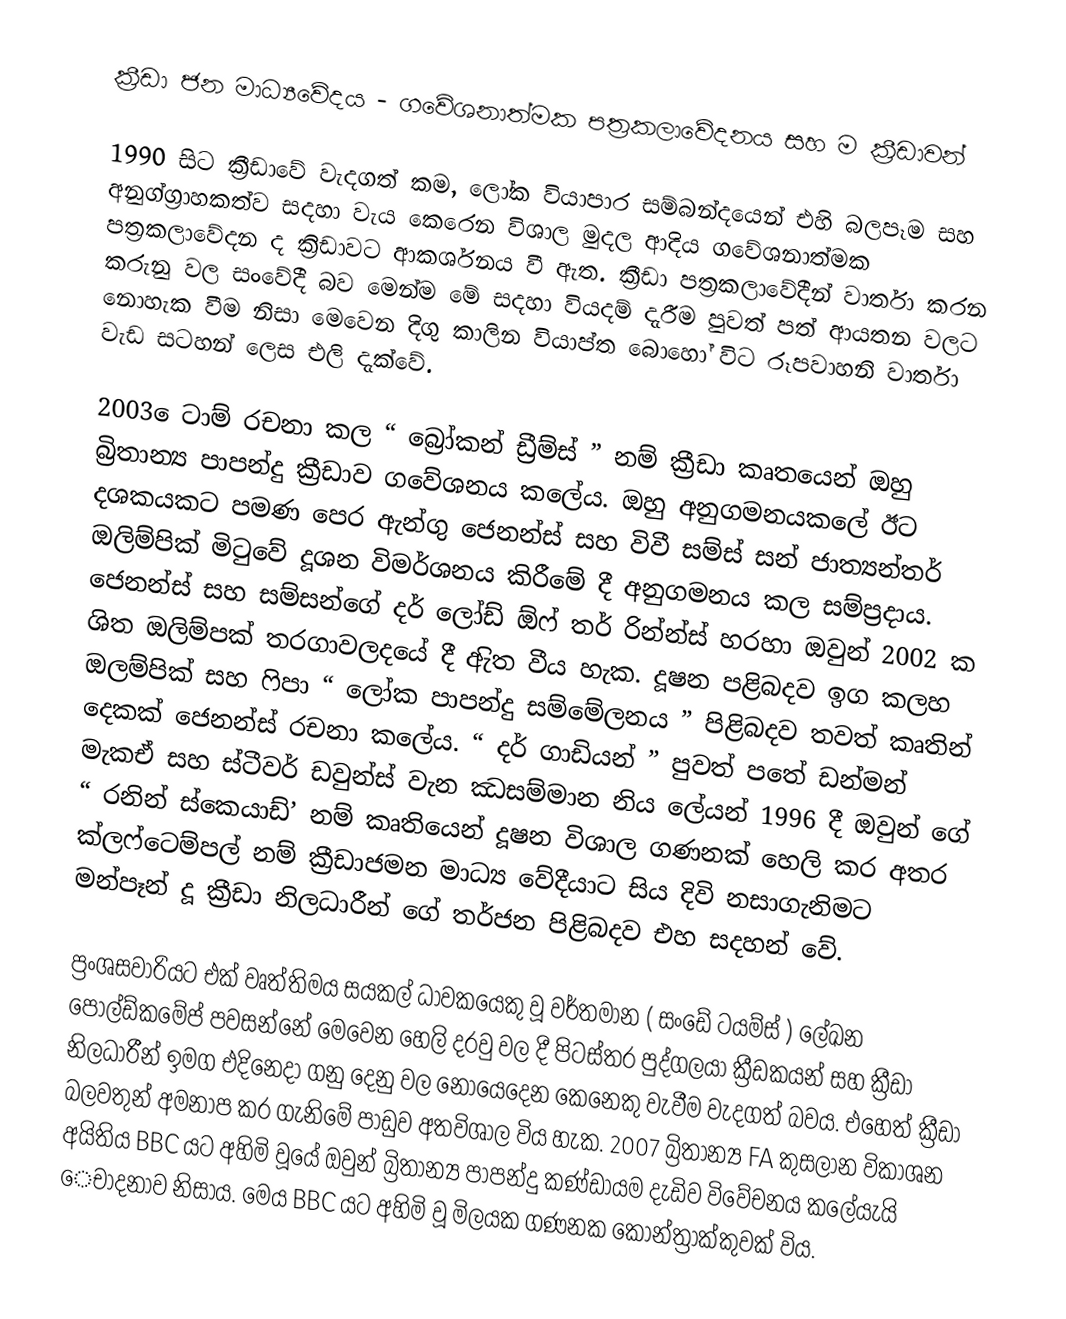
ක්‍රීඩා ජන මාධ්‍යවේදය - ගවේශනාත්මක පත්‍රකලාවේදනය සහ ම ක්‍රීඩාවන්

 1990 සිට ක්‍රීඩාවේ වැදගත් කම, ලෝක වියාපාර සම්බන්දයෙන් එහි බලපෑම සහ අනුග්ග්‍රාහකත්ව සදහා වැය කෙරෙන විශාල මුදල ආදිය  ගවේශනාත්මක පත්‍රකලාවේදන ද ක්‍රිඩාවට ආකර්ශනය වී ඇත. ක්‍රීඩා පත්‍රකලාවේදීන්  වාර්තා කරන කරුනු වල සංවේදී බව මෙන්ම මේ සදහා වියදම් දැරීම පුවත් පත් ආයතන වලට නොහැක වීම නිසා මෙවෙන දිගු කාලින වියාප්‍ත බොහෝ විට රූපවාහනි වාර්තා වැඩ සටහන් ලෙස එලි දැක්වේ.

 2003 ෙටාම් රචනා කල “  බ්‍රෝකන් ඩ්‍රීම්ස් ” නම් ක්‍රීඩා කෘතයෙන් ඔහු බ්‍රිතාන්‍ය පාපන්දු ක්‍රීඩාව ගවේශනය කලේය. ඔහු අනුගමනයකලේ ඊට දශකයකට පමණ පෙර ඇන්ගු ජෙනන්ස් සහ විවී සම්ස් සන් ජාත්‍යන්තර් ඔලිම්පික් මිටුවේ දූශන විමර්ශනය කිරීමේ දී අනුගමනය කල සම්ප්‍රදාය. ජෙනන්ස් සහ සම්සන්ගේ දර් ලෝඩ් ඕෆ් තර් රින්න්ස් හරහා ඔවුන් 2002 ක  ශිත ඔලිම්පක් තරගාවලදයේ දී ඇිත වීය හැක. දූෂන පළිබදව ඉග කලහ ඔලම්පික් සහ  ෆිපා “ ලෝක පාපන්දු සම්මේලනය ” පිළිබදව තවත් කෘතින් දෙකක් ජෙනන්ස් රචනා කලේය. “ දර් ගාඩියන් ” පුවත් පතේ ඩන්මන් මැකඒ සහ ස්ටීවර් ඩවුන්ස් වැන ඣසම්මාන නිය ලේයන් 1996 දී ඔවුන් ගේ “ රනින් ස්කෙයාඩ්’ නම් කෘතියෙන් දූෂන විශාල ගණනක් හෙලි කර අතර ක්ලෆ්ටෙම්පල් නම් ක්‍රීඩාජමන මාධ්‍ය වේදීයාට සිය දිවි නසාගැනිමට මන්පෑන් දූ ක්‍රීඩා නිලධාරීන් ගේ තර්ජන පිළිබදව එහ සදහන් වේ.

ප්‍රංශසවාරියට එක්  වෘත්තිමය සයකල්  ධාවකයෙකු වූ වර්තමාන ( සංඩේ ටයම්ස් ) ලේඛන පෝල්ඩ්කමේප් පවසන්නේ මෙවෙන හෙලි දරවු වල දී පිටස්තර පුද්ගලයා ක්‍රීඩකයන් සහ ක්‍රීඩා නිලධාරීන් ඉමග එදිනෙදා ගනු දෙනු වල නොයෙදෙන කෙනෙකු වැවීම වැදගත් බවය. එහෙත් ක්‍රීඩා බලවතුන් අමනාප කර ගැනිමේ පාඩුව අතවිශාල විය හැක.  2007 බ්‍රිතාන්‍ය FA කුසලාන විකාශන අයිතිය BBC යට අහිමි වූයේ ඔවුන් බ්‍රිතාන්‍ය පාපන්දු කණ්ඩායම දැඩිව විවේචනය කලේයැයි ෙචා්දනාව නිසාය. මෙය BBC යට අහිමි වූ මිලයක ගණනක කොන්ත්‍රාක්කුවක් විය.